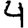
Digit: 4